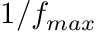
1 / f _ { m a x }